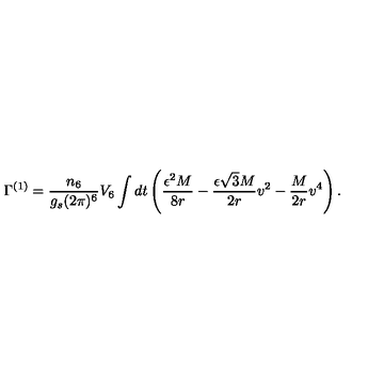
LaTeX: \Gamma ^ { ( 1 ) } = \frac { n _ { 6 } } { g _ { s } ( 2 \pi ) ^ { 6 } } V _ { 6 } \int d t \left( \frac { \epsilon ^ { 2 } M } { 8 r } - \frac { \epsilon \sqrt { 3 } M } { 2 r } v ^ { 2 } - \frac { M } { 2 r } v ^ { 4 } \right) .